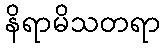
နိရာမိသတရာ